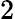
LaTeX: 2